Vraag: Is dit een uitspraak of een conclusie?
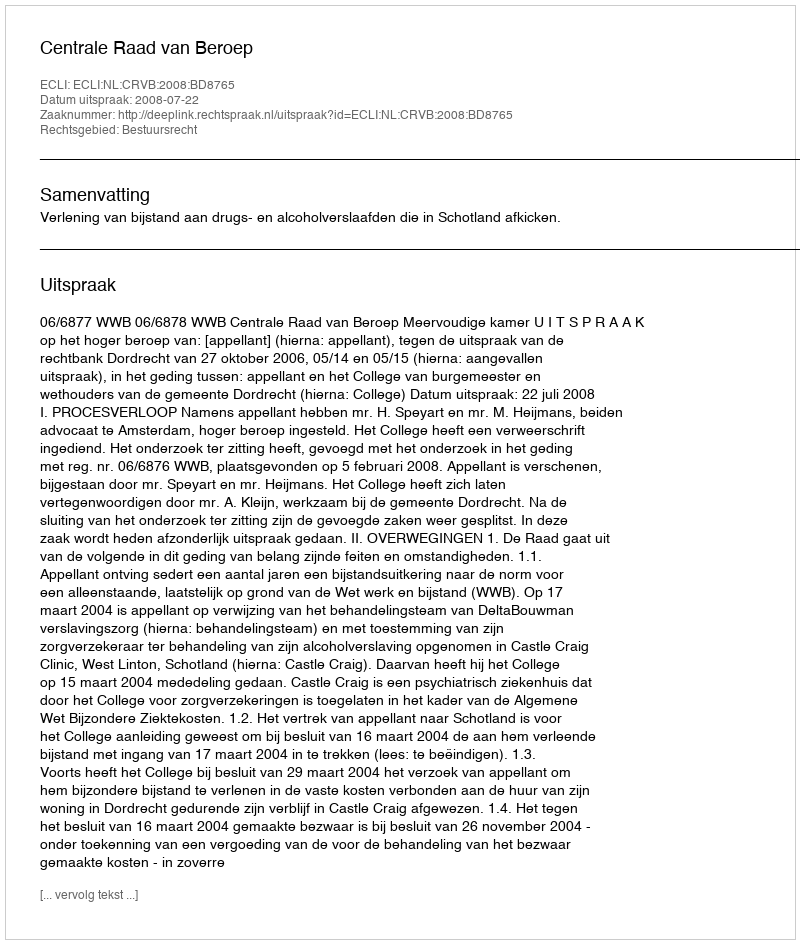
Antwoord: Uitspraak